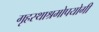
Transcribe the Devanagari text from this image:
गृहस्थाश्रमोपयोगी